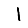
Digit: 1